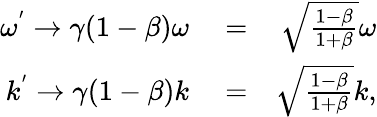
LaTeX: \begin{array}{rlr}{\omega^{'}\rightarrow\gamma(1-\beta)\omega}&{{}=}&{\sqrt{\frac{1-\beta}{1+\beta}}\omega}\\ {k^{'}\rightarrow\gamma(1-\beta)k}&{{}=}&{\sqrt{\frac{1-\beta}{1+\beta}}k,}\end{array}